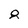
Character: 8